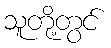
သူတို့တွင်